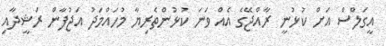
އީގަލްސް އަށް ކުޅުނީ ރާއްޖޭގެ އެއް ވަނަ ކުޅުންތެރިޔާ މުހައްމަދު އަޖުފާން ރަޝީދާއި